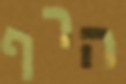
הרף